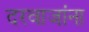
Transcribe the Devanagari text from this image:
दरवाजांना